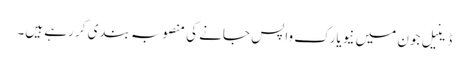
ڈینیل جون میں نیویارک واپس جانے کی منصوبہ بندی کر رہے ہیں۔